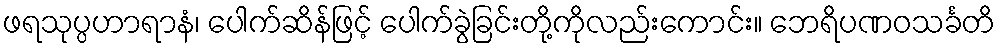
ဖရသုပ္ပဟာရာနံ၊ ပေါက်ဆိန်ဖြင့် ပေါက်ခွဲခြင်းတို့ကိုလည်းကောင်း။ ဘေရိပဏဝသင်္ခတိ